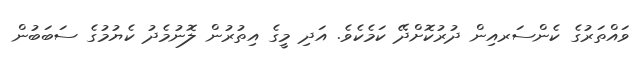
ވައްތަރުގެ ކެންސަރއިން ދުރުކޮށްދޭ ކަމެކެވެ. އަދި މީގެ އިތުރުން ލޮނުމެދު ކެޔުމުގެ ސަބަބުން